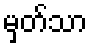
မှတ်သာ